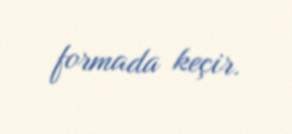
formada keçir.